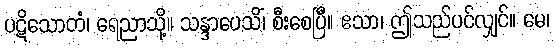
ပဋိသောတံ၊ ရေညာသို့။ သန္ဒာပေသိံ၊ စီးစေပြီ။ ဧသာ၊ ဤသည်ပင်လျှင်။ မေ၊